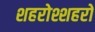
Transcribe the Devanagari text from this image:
शहरोश्शहरो